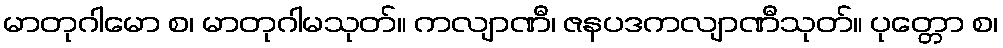
မာတုဂါမော စ၊ မာတုဂါမသုတ်။ ကလျာဏီ၊ ဇနပဒကလျာဏီသုတ်။ ပုတ္တော စ၊